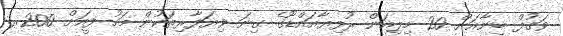
ވަގުފް ބިނާއަށް 20 މިލިއަން ރުފިޔާއައްޑޫގެ ގިނަ ވިޔަފާރިތަކުން މަހު ފީއަށް 200ރ.